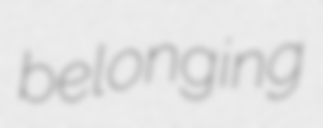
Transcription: belonging